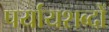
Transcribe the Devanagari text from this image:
पर्यायशब्दों